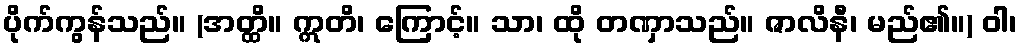
ပိုက်ကွန်သည်။ (အတ္ထိ။ ဣတိ၊ ကြောင့်။ သာ၊ ထို တဏှာသည်။ ဇာလိနီ၊ မည်၏။) ဝါ၊